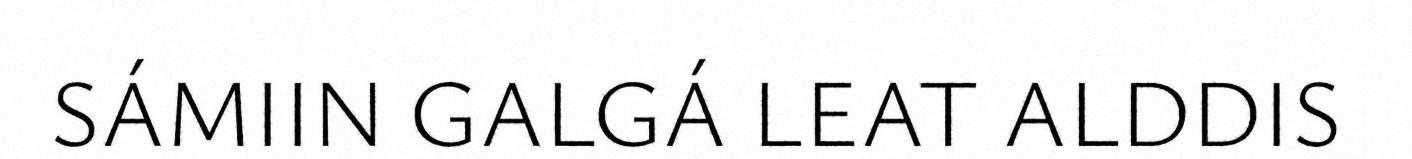
SÁMIIN GALGÁ LEAT ALDDIS